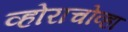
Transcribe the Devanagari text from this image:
व्होराचोव्हा